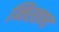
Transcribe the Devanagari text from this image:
निस्तभ्द